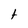
Character: t